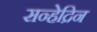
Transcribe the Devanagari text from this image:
सन्हेद्रिन